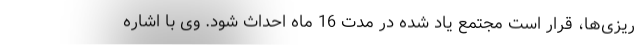
ریزی‌ها، قرار است مجتمع یاد شده در مدت 16 ماه احداث شود. وی با اشاره